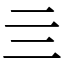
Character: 亖